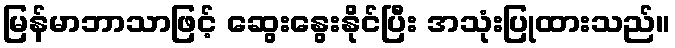
မြန်မာဘာသာဖြင့် ဆွေးနွေးနိုင်ပြီး အသုံးပြုထားသည်။